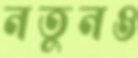
নতুনও